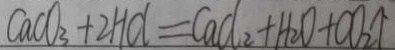
C a C O _ { 3 } + 2 H C l = C a C l _ { 2 } + H _ { 2 } O + C O _ { 2 } \uparrow